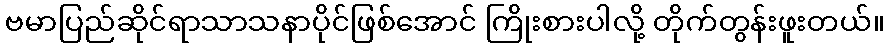
ဗမာပြည်ဆိုင်ရာသာသနာပိုင်ဖြစ်အောင် ကြိုးစားပါလို့ တိုက်တွန်းဖူးတယ်။